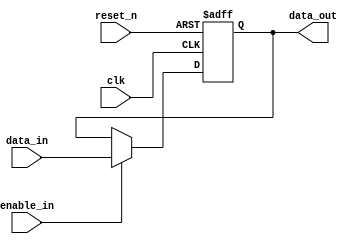
`timescale 1ns / 1ps
//////////////////////////////////////////////////////////////////////////////////
// Company: 
// Engineer: 
// 
// Design Name: 
// Module Name: Assignment4_16_bit_Data_path_logic
// Project Name: 
// Target Devices: 
// Tool Versions: 
// Description: 
// 
// Dependencies: 
// 
// Revision:
// Revision 0.01 - File Created
// Additional Comments:
// 
//////////////////////////////////////////////////////////////////////////////////


//this is the data path logic


module Assignment4_16_bit_Data_path_logic(
            input [15:0] data_in,
            input clk ,reset_n,
            input enable_in,
            output reg [15:0] data_out
    );

// its a data path logic  if sequence 1010 is detected enable _signal gets high and output is input
// else output is previous data    
always @(posedge clk or negedge reset_n)
begin
    if(!reset_n) 
        data_out <= 16'b0;
    else if (enable_in)
        data_out <= data_in;
    else
        data_out <= data_out;
end
endmodule